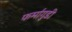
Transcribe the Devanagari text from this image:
फर्मागुडी